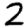
Digit: 2